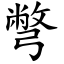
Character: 彆